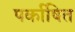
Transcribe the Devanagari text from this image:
पर्काषित